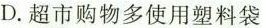
D.超市购物多使用塑料袋